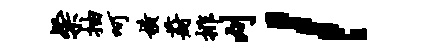
粲抽呵横葑排刈l